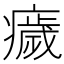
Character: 𤻀